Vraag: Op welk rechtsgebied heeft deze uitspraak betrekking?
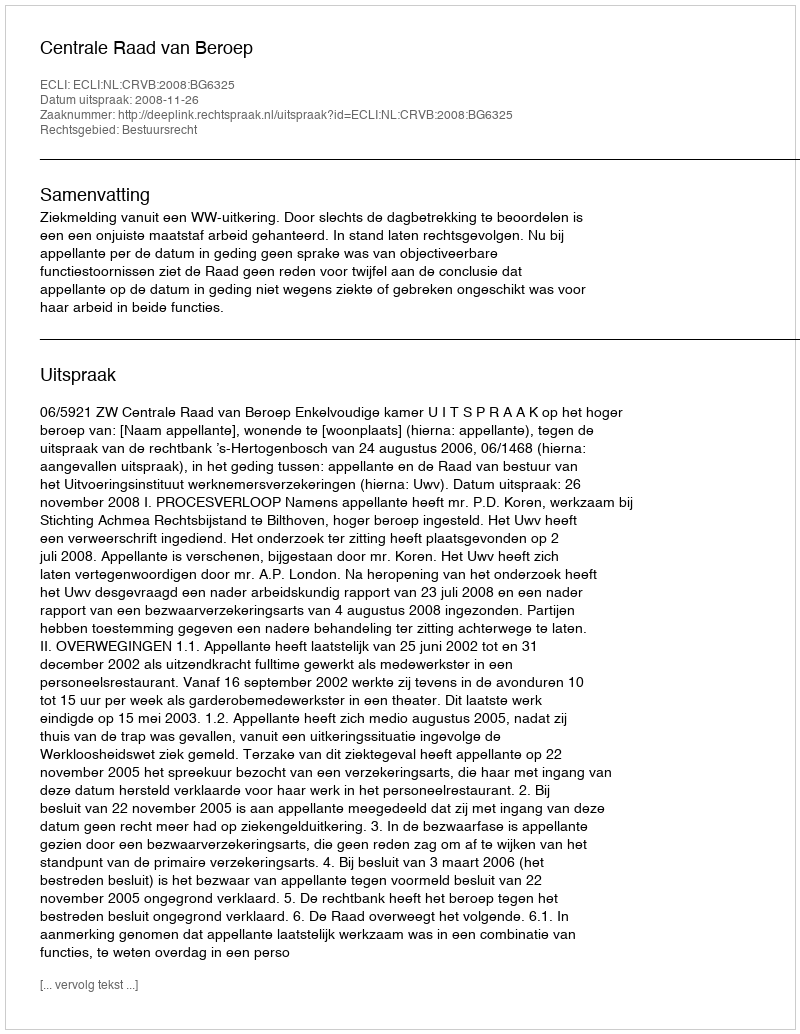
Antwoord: Bestuursrecht